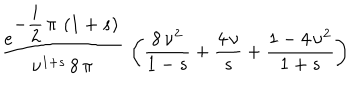
LaTeX: \begin{array} { c } { { \displaystyle { \frac { e ^ { \displaystyle { - \frac { i } { 2 } \, \pi \, \left( 1 + s \right) } } } { { \nu } ^ { 1 + s } \, 8 \, \pi } } \, \left( \frac { 8 \, { \nu } ^ { 2 } } { 1 - s } + \frac { 4 \, \nu } { s } + \frac { 1 - 4 \, { \nu } ^ { 2 } } { 1 + s } \right) } } \\ \end{array}